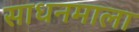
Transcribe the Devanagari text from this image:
साधनमाला